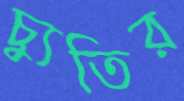
চ্যুতির